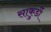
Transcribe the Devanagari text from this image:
साकुर्डी